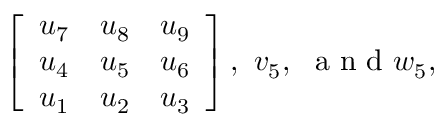
\left[ \begin{array} { l l l } { u _ { 7 } } & { u _ { 8 } } & { u _ { 9 } } \\ { u _ { 4 } } & { u _ { 5 } } & { u _ { 6 } } \\ { u _ { 1 } } & { u _ { 2 } } & { u _ { 3 } } \end{array} \right] , ~ v _ { 5 } , ~ \mathrm { ~ a ~ n ~ d ~ } w _ { 5 } ,